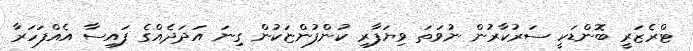
ޓްރެޒަރީ ބޮންޑަކީ ސަރުކާރުން ނުވަތަ ވިޔަފާރި ކުންފުންޏަކުން ގިނަ އަދަދެއްގެ ފައިސާ އެއްފަހަރާ